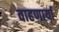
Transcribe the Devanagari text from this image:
वाहणार्या